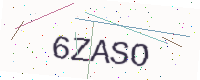
Text: 6ZASO